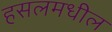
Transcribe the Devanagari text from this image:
हसलमधील